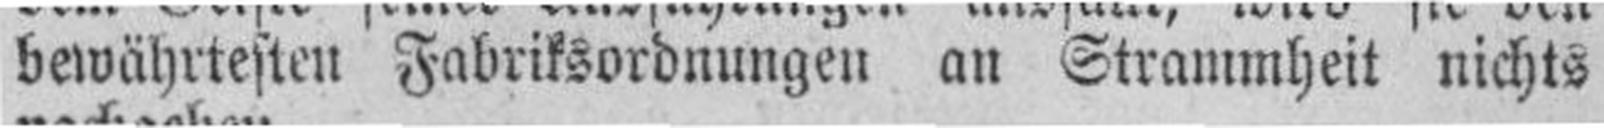
bewährtesten Fabriksordnungen an Strammheit nichts